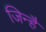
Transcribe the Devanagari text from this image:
जिन्है